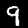
Digit: 9